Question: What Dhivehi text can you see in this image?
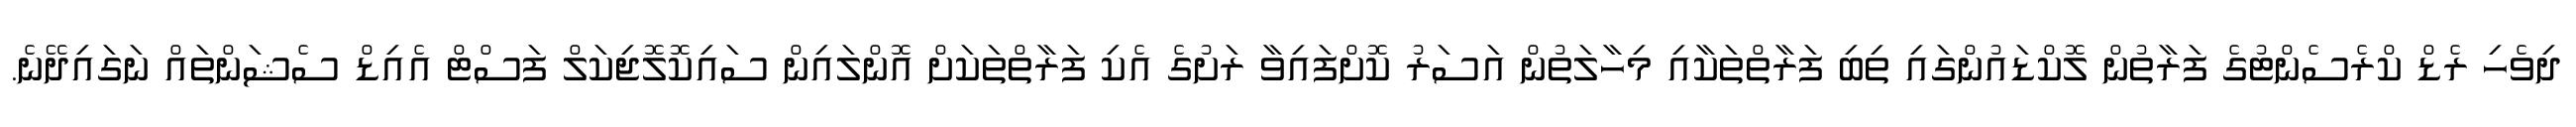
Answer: ދިވެހި ރެޑް ކްރެސެންޓުގެ ފަރާތުން ލޮކްޑައުންގައި ތިބި ފަރާތްތަކާއި މިހާލަތުން އަސަރު ކޮށްފައިވާ ރަށުގެ އެކި ފަރާތްތަކަށް އޮންލައިން ސައިކޮލޮޖިކަލް ފަސްޓް އެއިޑް ސެޝަންތައް ނަގައިދޭނެ.